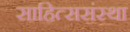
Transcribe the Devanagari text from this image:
साहित्ससंस्था